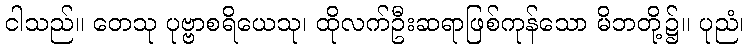
ငါသည်။ တေသု ပုဗ္ဗာစရိယေသု၊ ထိုလက်ဦးဆရာဖြစ်ကုန်သော မိဘတို့၌။ ပုညံ၊